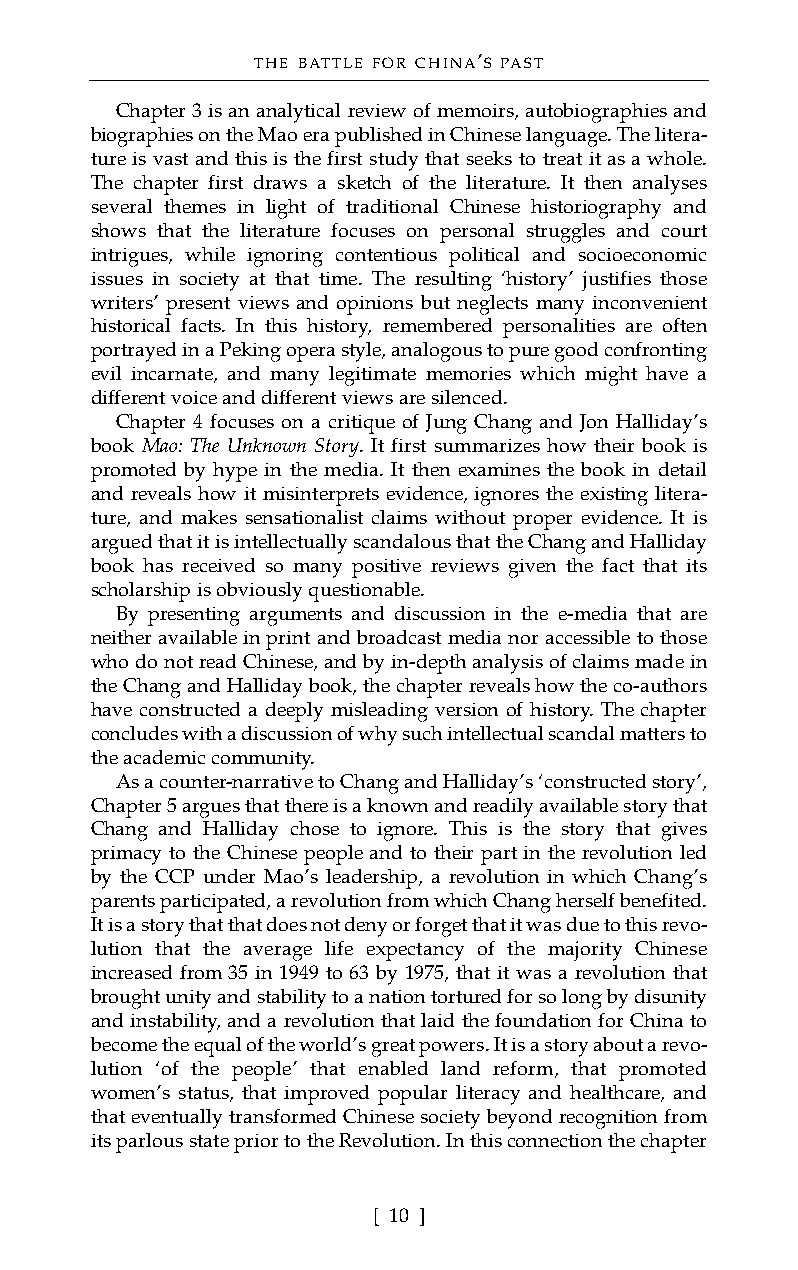
THE BATTLE FOR CHINA’S PAST
 Chapter 3 is an analytical review of memoirs, autobiographies and
 biographies on the Mao era published in Chinese language. The litera-
 ture is vast and this is the first study that seeks to treat it as a whole.
 The chapter first draws a sketch of the literature. It then analyses
 several themes in light of traditional Chinese historiography and
 shows that the literature focuses on personal struggles and court
 intrigues, while ignoring contentious political and socioeconomic
 issues in society at that time. The resulting ‘history’ justifies those
 writers’ present views and opinions but neglects many inconvenient
 historical facts. In this history, remembered personalities are often
 portrayed in a Peking opera style, analogous to pure good confronting
 evil incarnate, and many legitimate memories which might have a
 different voice and different views are silenced.
 Chapter 4 focuses on a critique of Jung Chang and Jon Halliday’s
 book Mao: The Unknown Story. It first summarizes how their book is
 promoted by hype in the media. It then examines the book in detail
 and reveals how it misinterprets evidence, ignores the existing litera-
 ture, and makes sensationalist claims without proper evidence. It is
 argued that it is intellectually scandalous that the Chang and Halliday
 book has received so many positive reviews given the fact that its
 scholarship is obviously questionable.
 By presenting arguments and discussion in the e-media that are
 neither available in print and broadcast media nor accessible to those
 who do not read Chinese, and by in-depth analysis of claims made in
 the Chang and Halliday book, the chapter reveals how the co-authors
 have constructed a deeply misleading version of history. The chapter
 concludes with a discussion of why such intellectual scandal matters to
 the academic community.
 As a counter-narrative to Chang and Halliday’s ‘constructed story’,
 Chapter 5 argues that there is a known and readily available story that
 Chang and Halliday chose to ignore. This is the story that gives
 primacy to the Chinese people and to their part in the revolution led
 by the CCP under Mao’s leadership, a revolution in which Chang’s
 parents participated, a revolution from which Chang herself benefited.
 It is a story that that does not deny or forget that it was due to this revo-
 lution that the average life expectancy of the majority Chinese
 increased from 35 in 1949 to 63 by 1975, that it was a revolution that
 brought unity and stability to a nation tortured for so long by disunity
 and instability, and a revolution that laid the foundation for China to
 become the equal of the world’s great powers. It is a story about a revo-
 lution ‘of the people’ that enabled land reform, that promoted
 women’s status, that improved popular literacy and healthcare, and
 that eventually transformed Chinese society beyond recognition from
 its parlous state prior to the Revolution. In this connection the chapter
 [ 10 ]